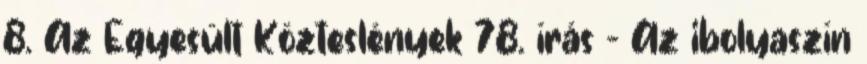
8. Az Egyesült Közteslények 78. írás - Az ibolyaszín